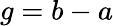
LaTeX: g=b-a